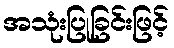
အသုံးပြုခြင်းဖြင့်